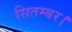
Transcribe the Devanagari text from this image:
सितम्बर।